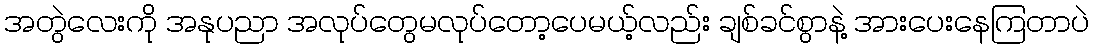
အတွဲလေးကို အနုပညာ အလုပ်တွေမလုပ်တော့ပေမယ့်လည်း ချစ်ခင်စွာနဲ့ အားပေးနေကြတာပဲ